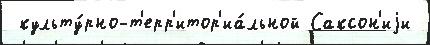
 культу́рно-т'ерр'итор'иа́льной Саксон'иjи